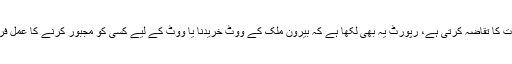
اس حوالہ سے رپورٹ کثیر قانونی، مالی اور لاجسٹک معاملات کا تقاضہ کرتی ہے، رپورٹ یہ بھی لکھا ہے کہ بیرون ملک کے ووٹ خریدنا یا ووٹ کے لیے کسی کو مجبور کرنے کا عمل فرضی شخصیت جیسے عوامل اور دھاندلی کا سبب بن سکتاہے۔